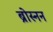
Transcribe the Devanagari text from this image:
ब्रोस्नन